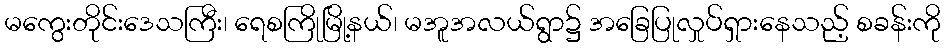
မကွေးတိုင်းဒေသကြီး၊ ရေစကြိုမြို့နယ်၊ မအူအလယ်ရွာ၌ အခြေပြုလှုပ်ရှားနေသည့် စခန်းကို